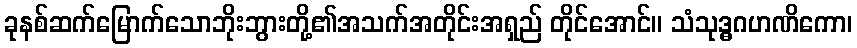
ခုနစ်ဆက်မြောက်သောဘိုးဘွားတို့၏အသက်အတိုင်းအရှည် တိုင်အောင်။ သံသုဒ္ဓဂဟဏိကော၊